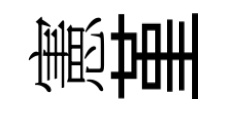
憲堇